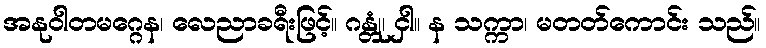
အနုဝါတမဂ္ဂေန၊ လေညာခရီးဖြင့်။ ဂန္တုံ၊ ငှါ။ န သက္ကာ၊ မတတ်ကောင်း သည်။